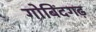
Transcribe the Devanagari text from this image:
गोबिंदगढ़